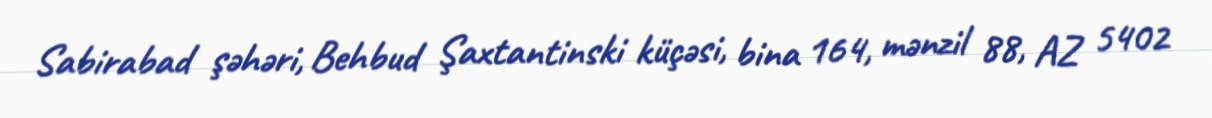
Sabirabad şəhəri, Behbud Şaxtantinski küçəsi, bina 164, mənzil 88, AZ 5402